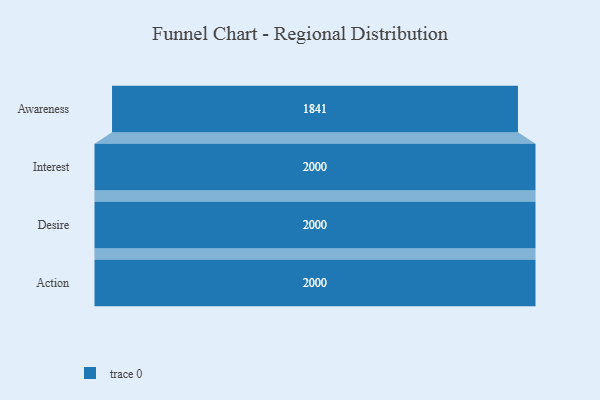
{"axis": {"x": "Stage", "y": "Value"}, "legend": [""], "data": [{"x": "Awareness", "y": 1841.0, "type": ""}, {"x": "Interest", "y": 2000, "type": ""}, {"x": "Desire", "y": 2000, "type": ""}, {"x": "Action", "y": 2000, "type": ""}]}